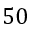
5 0